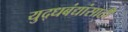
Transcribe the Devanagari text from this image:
युद्धबंद्यांसाठी